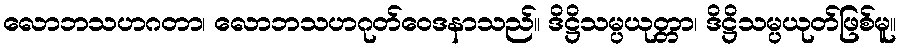
လောဘသဟဂတာ၊ လောဘသဟဂုတ်ဝေဒနာသည်။ ဒိဋ္ဌိသမ္ပယုတ္တာ၊ ဒိဋ္ဌိသမ္ပယုတ်ဖြစ်မူ။